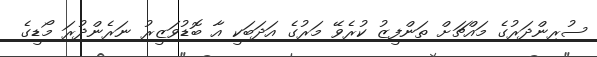
ސުރިންދަރުގެ މައްޗަށް ތަންފީޒު ކުރެވޭ މަރުގެ އަދަބަކީ އާ ބޮޑުވަޒީރު ނަރެންދުރަ މޯޑީގެ